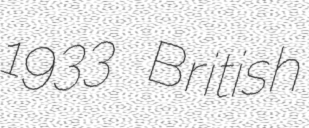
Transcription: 1933 British